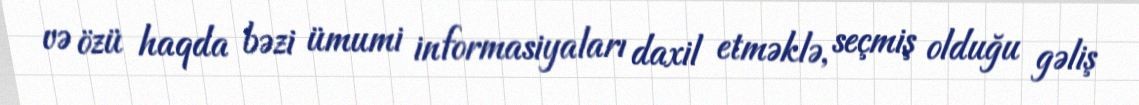
və özü haqda bəzi ümumi informasiyaları daxil etməklə, seçmiş olduğu gəliş